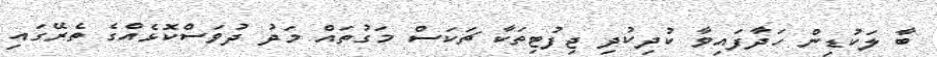
ބާ ލަކުޑިން ހަދާފައިވާ ކުދިކުދި ޖިފުޓިތަކާ ޗަކަސް މަގުތައް މަދު ދުވަސްކޮޅެއްގެ ތެރޭގައި